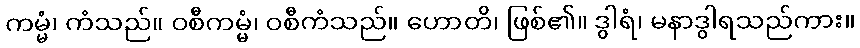
ကမ္မံ၊ ကံသည်။ ဝစီကမ္မံ၊ ဝစီကံသည်။ ဟောတိ၊ ဖြစ်၏။ ဒွါရံ၊ မနာဒွါရသည်ကား။